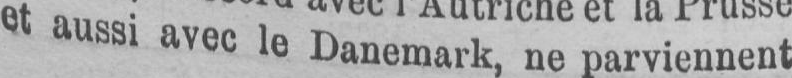
et aussi avec le Danemark, ne parviennent